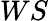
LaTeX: WS